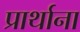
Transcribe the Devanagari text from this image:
प्रार्थाना